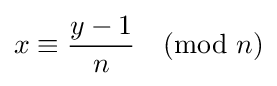
x\equiv {\frac {y-1}{n}}{\pmod {n}}